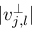
| v _ { j , l } ^ { \perp } |